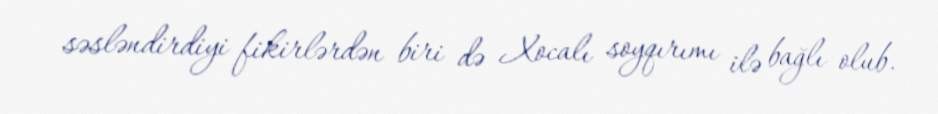
səsləndirdiyi fikirlərdən biri də Xocalı soyqırımı ilə bağlı olub.